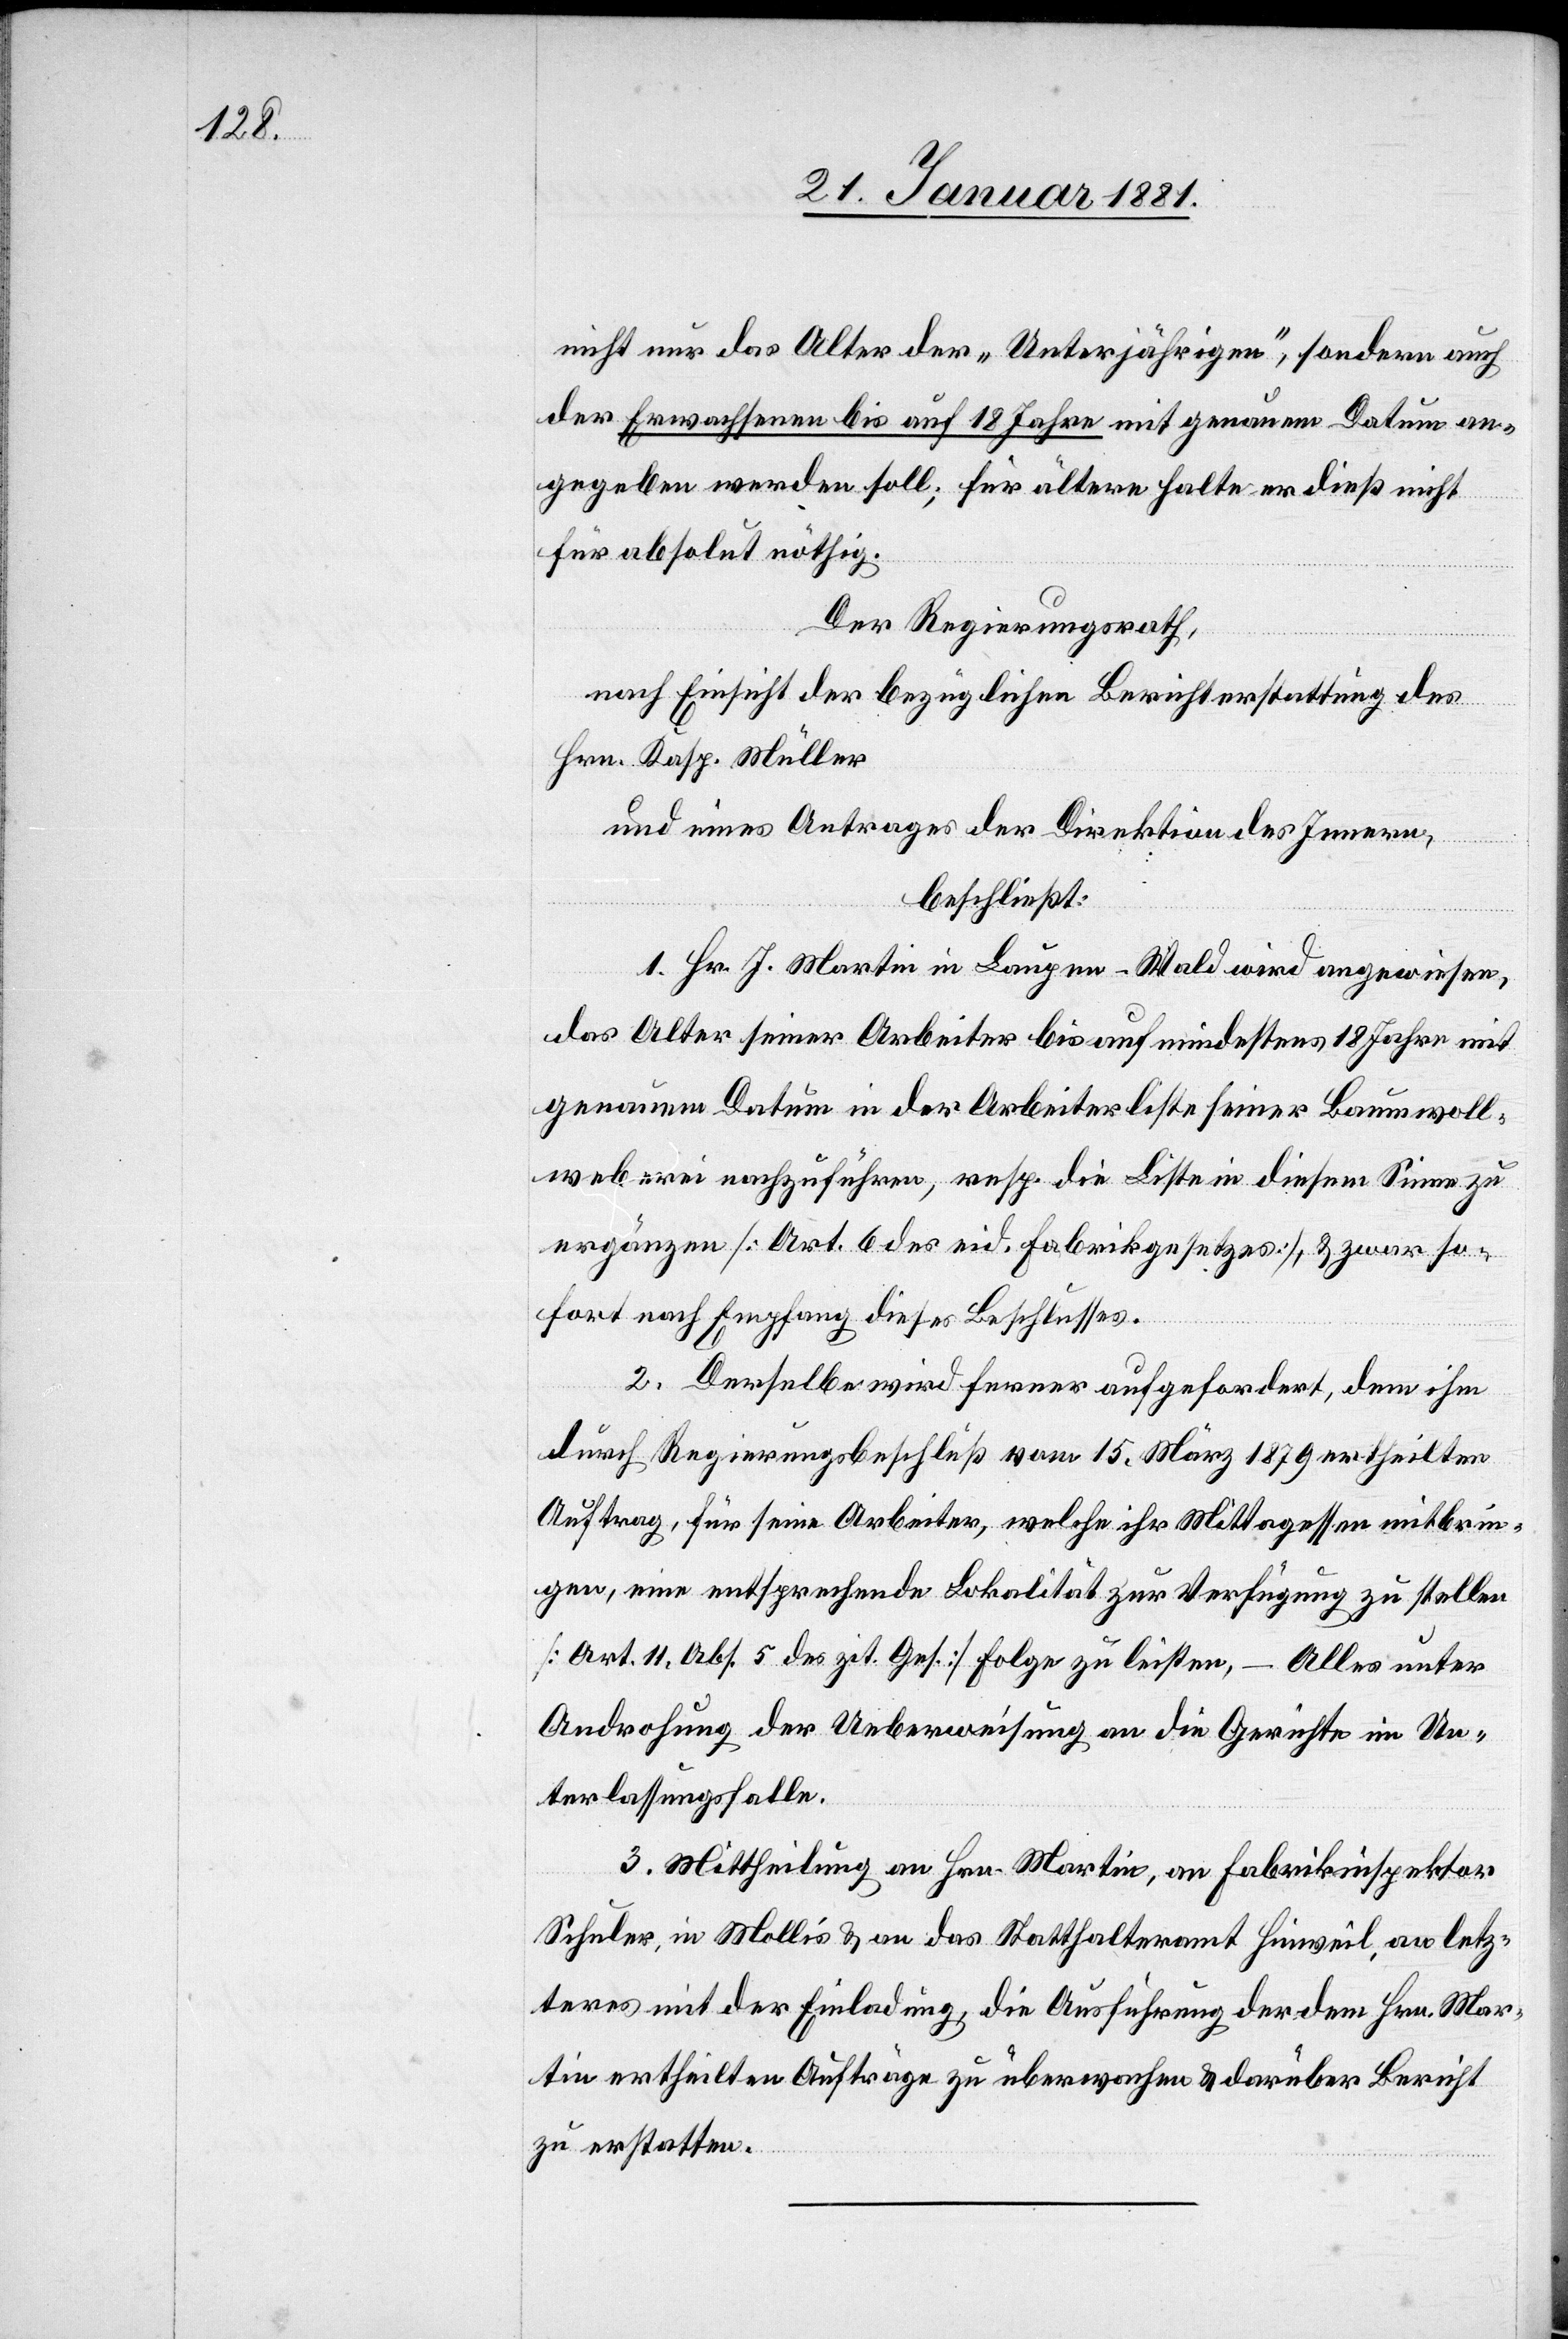
nicht nur das Alter der „Unterjährigen“, sondern auch
der Erwachsenen bis auf 18 Jahre mit genauem Datum an¬
gegeben werden soll; für ältere halte er dieß nicht
für absolut nöthig.
Der Regierungsrath,
nach Einsicht der bezüglichen Berichterstattung des
Hrn. Kap. Müller
und eines Antrages der Direktion des Innern,
beschließt:
1. Hr. J. Martin in Laupen - Wald angewiesen,
das Alter seiner Arbeiter bis auf mindestens 18 Jahre mit
genauem Datum in der Arbeiterliste seiner Baumwoll¬
weberei nachzuführen, resp. die Liste in diesem Sinne zu
ergänzen [Art. 6 des eid. Fabrikgesetzes], & zwar so¬
fort nach Empfang dieses Beschlusses.
2. Derselbe wird ferner aufgefordert, dem ihm
durch Regierungsbeschluß vom 15. März 1879 ertheilten
Auftrag, für seine Arbeiter, welche ihr Mittagessen mitbrin¬
gen, eine entsprechende Lokalität zur Verfügung zu stellen
[Art. 11, Abs. 5 des zit. Ges.] Folge zu leisten, – Alles unter
Androhung der Ueberweisung an die Gerichte im Un¬
terlassungsfalle.
3. Mittheilung an Hrn. Martin, an Fabrikinspektor
Schuler, in Mollis & an das Statthalteramt Hinweil, an letz¬
teres mit der Einladung, die Ausführung der dem Hrn. Mar¬
tin ertheilten Aufträge zu überwachen & darüber Bericht
zu erstatten.